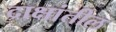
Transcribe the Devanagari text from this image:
द्राक्षांतील